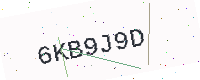
Text: 6KB9J9D